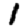
Digit: 1